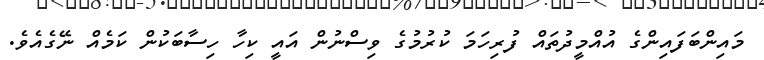
މައިންބަފައިންގެ އުއްމީދުތައް ފުރިހަމަ ކުރުމުގެ ވިސްނުން އައީ ކިހާ ހިސާބަކުން ކަމެއް ނޭގެއެވެ.